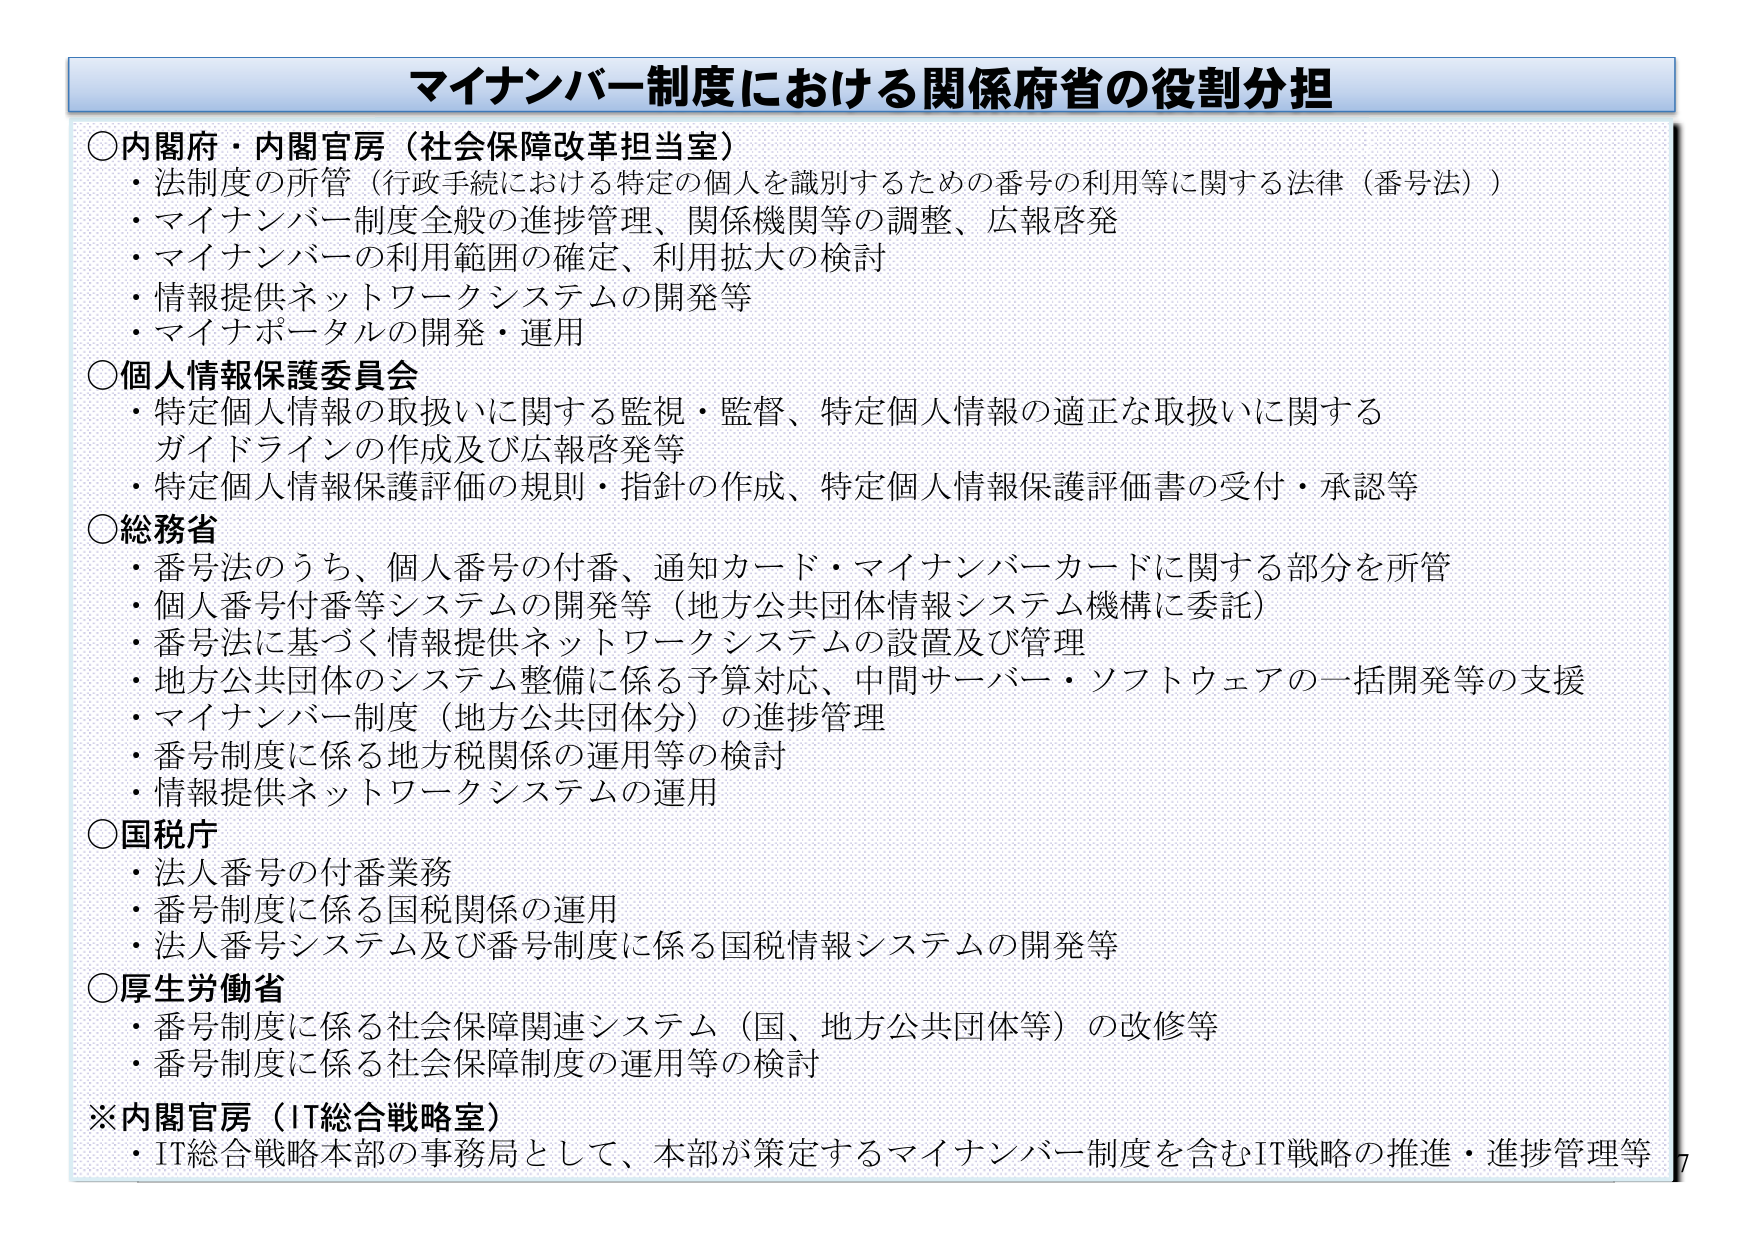
マインンバー制度における関係府省の役割分担

○内閣府・内閣官房（社会保障改革担当室）
・法制度の所管（行政手続における特定の個人を識別するための番号の利用等に関する法律（番号法））
・マイナンバー制度全般の進捗管理、関係機関等の調整、広報啓発
・マイナンバーの利用範囲の確定、利用拡大の検討
・情報提供ネットワークシステムの開発等
・マイナポータルの開発・運用

○個人情報保護委員会
・特定個人情報の取扱いに関する監視・監督、特定個人情報の適正な取扱いに関するガイドラインの作成及び広報啓発等
・特定個人情報保護評価の規則・指針の作成、特定個人情報保護評価書の受付・承認等

○総務省
・番号法のうち、個人番号の付番、通知カード・マイナンバーカードに関する部分を所管
・個人番号付番等システムの開発等（地方公共団体情報システム機構に委託）
・番号法に基づく情報提供ネットワークシステムの設置及び管理
・地方公共団体のシステム整備に係る予算対応、中間サーバー・ソフトウェアの一括開発等の支援
・マイナンバー制度（地方公共団体分）の進捗管理
・番号制度に係る地方税関係の運用等の検討
・情報提供ネットワークシステムの運用

○国税庁
・法人番号の付番業務
・番号制度に係る国税関係の運用
・法人番号システム及び番号制度に係る国税情報システムの開発等

○厚生労働省
・番号制度に係る社会保障関連システム（国、地方公共団体等）の改修等
・番号制度に係る社会保障制度の運用等の検討

※内閣官房（IT総合戦略室）
・IT総合戦略本部の事務局として、本部が策定するマイナンバー制度を含むIT戦略の推進・進捗管理等

7